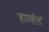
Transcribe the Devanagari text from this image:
हार्व्हर्ड